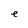
Character: e